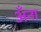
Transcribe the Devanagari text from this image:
अँना